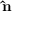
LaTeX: \mathbf { \hat { n } } \,